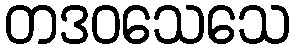
တဒဝသေသေ